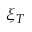
\xi _ { T }